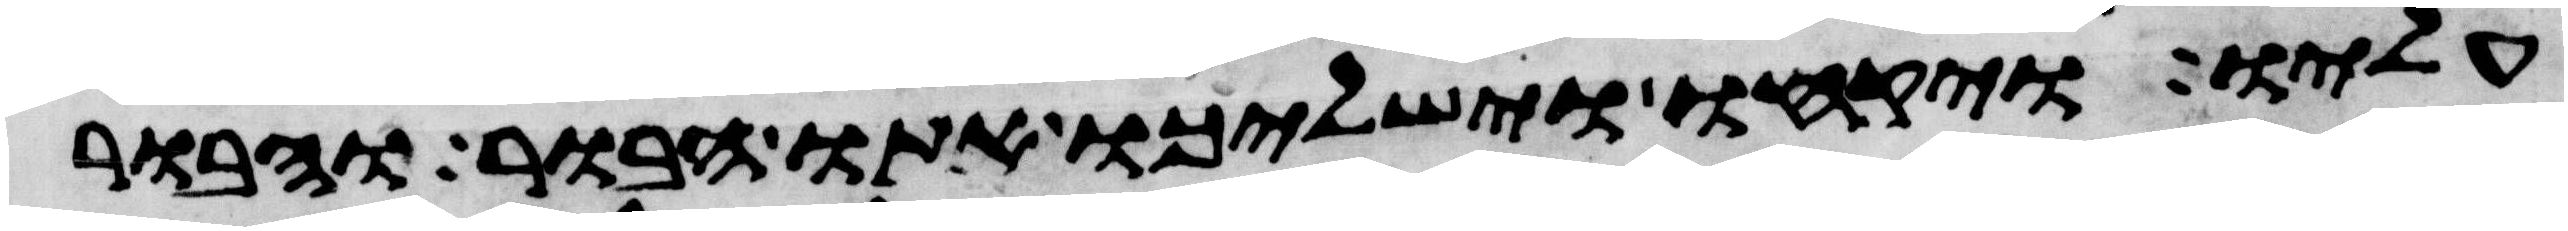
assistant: עליו ויקחו וישלכו אתו הבור והבור